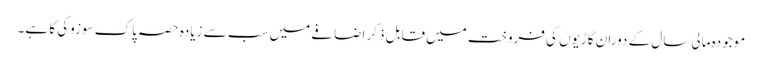
موجودہ مالی سال کے دوران گاڑیوں کی فروخت میں قابل ذکر اضافے میں سب سے زیادہ حصہ پاک سوزوکی کا ہے۔